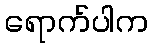
ရောက်ပါက